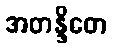
အတန္ဒိတေ